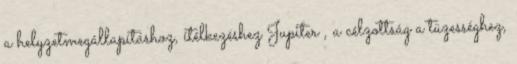
a helyzetmegállapításhoz, ítélkezéshez Jupiter , a célzottság a tüzességhez,